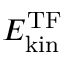
E _ { \mathrm { k i n } } ^ { \mathrm { T F } }